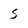
Character: 5